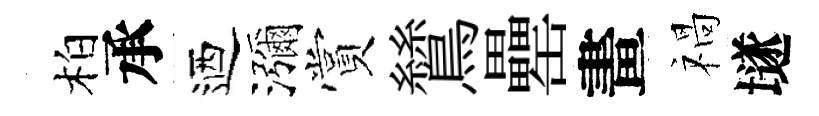
柏承迺瀰賞鷥罍畫禍𡑞